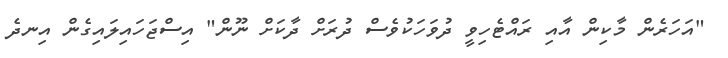
"އަހަރެން މާކިން އާއި ރައްޓެހިވީ ދުވަހަކުވެސް ދުރަށް ދާކަށް ނޫން" އިސްޖަހައިލައިގެން އިނދެ